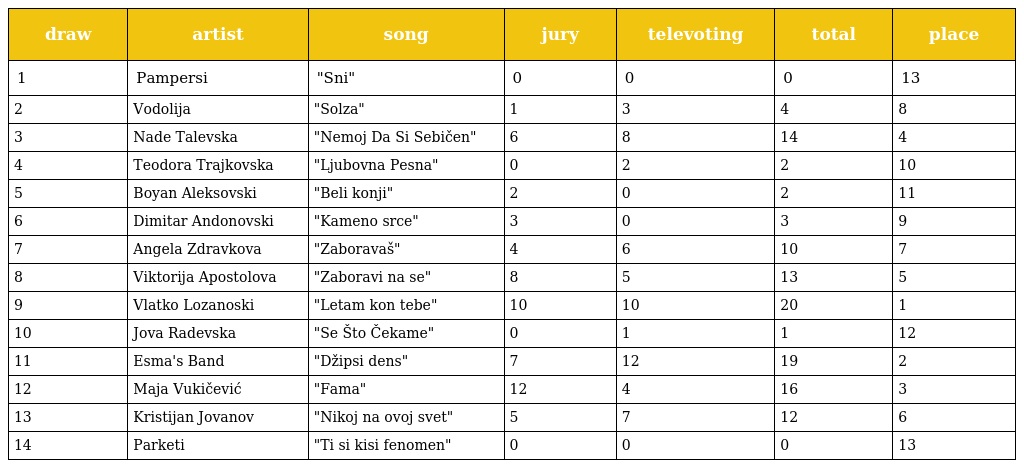
| draw | artist | song | jury | televoting | total | place |
 | --- | --- | --- | --- | --- | --- | --- |
 | 1 | Pampersi | "Sni" | 0 | 0 | 0 | 13 |
 | 2 | Vodolija | "Solza" | 1 | 3 | 4 | 8 |
 | 3 | Nade Talevska | "Nemoj Da Si Sebičen" | 6 | 8 | 14 | 4 |
 | 4 | Teodora Trajkovska | "Ljubovna Pesna" | 0 | 2 | 2 | 10 |
 | 5 | Boyan Aleksovski | "Beli konji" | 2 | 0 | 2 | 11 |
 | 6 | Dimitar Andonovski | "Kameno srce" | 3 | 0 | 3 | 9 |
 | 7 | Angela Zdravkova | "Zaboravaš" | 4 | 6 | 10 | 7 |
 | 8 | Viktorija Apostolova | "Zaboravi na se" | 8 | 5 | 13 | 5 |
 | 9 | Vlatko Lozanoski | "Letam kon tebe" | 10 | 10 | 20 | 1 |
 | 10 | Jova Radevska | "Se Što Čekame" | 0 | 1 | 1 | 12 |
 | 11 | Esma's Band | "Džipsi dens" | 7 | 12 | 19 | 2 |
 | 12 | Maja Vukičević | "Fama" | 12 | 4 | 16 | 3 |
 | 13 | Kristijan Jovanov | "Nikoj na ovoj svet" | 5 | 7 | 12 | 6 |
 | 14 | Parketi | "Ti si kisi fenomen" | 0 | 0 | 0 | 13 |